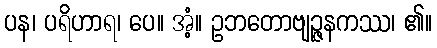
ပန၊ ပရိဟာရ၊ ပေ။ အံ့။ ဥဘတောဗျဉ္ဇနကဿ၊ ၏။